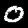
Label: 0